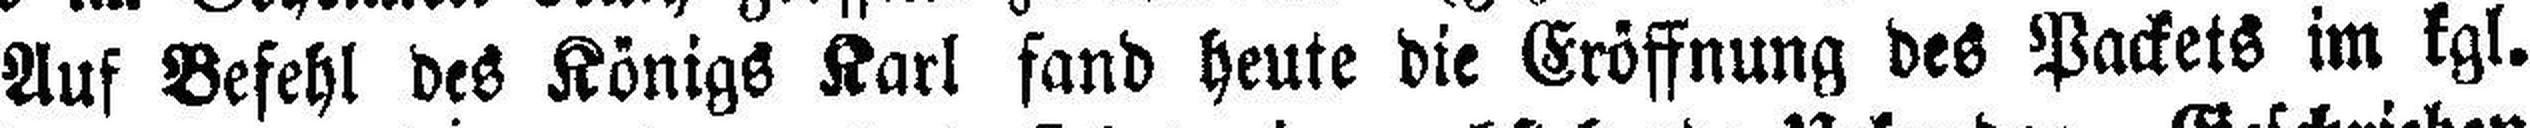
Auf Befehl des Königs Karl fand heute die Eröffnung des Packets im kgl.